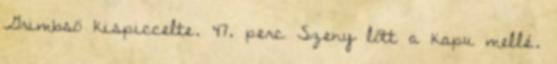
Grimbsö kispiccelte. 47. perc Szeny lőtt a kapu mellé.